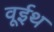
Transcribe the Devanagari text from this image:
वूईथ